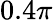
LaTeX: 0.4\pi